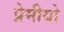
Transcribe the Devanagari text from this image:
प्रेमीयो